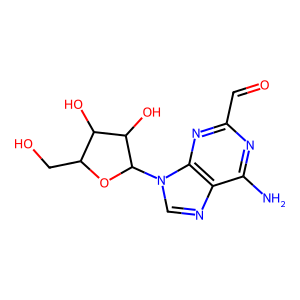
SMILES: Nc1nc(C=O)nc2c1ncn2C1OC(CO)C(O)C1O
Inhibits HIV replication: No